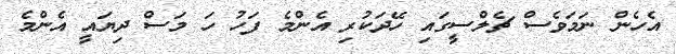
އެހެން ނަަމަވެސް ޗެލްސީގައި ހޭދަކުރި އެންމެ ފަހު ހަ މަސް ދިޔައީ އެންމެ